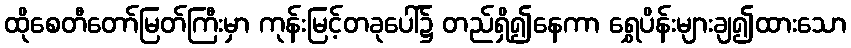
ထိုစေတီတော်မြတ်ကြီးမှာ ကုန်းမြင့်တခုပေါ်၌ တည်ရှိ၍နေကာ ရွှေပိန်းများချ၍ထားသော